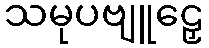
သမုပဗျူဠှေ